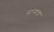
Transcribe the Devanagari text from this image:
सन्गच